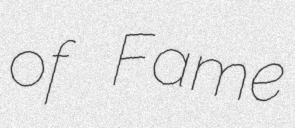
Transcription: of Fame